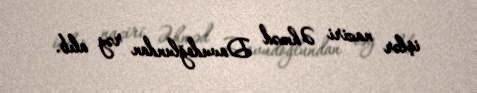
işlər naziri Əhməd Davudoğlundan rəy alıb.